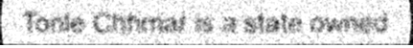
Tonle Chhmar is a state owned